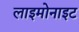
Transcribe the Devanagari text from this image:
लाइमोनाइट